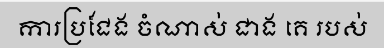
ការប្រជែង ចំណាស់ ជាង គេ របស់